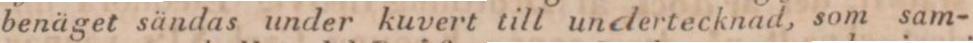
benäget sändas under kuvert till undertecknad, som sam-